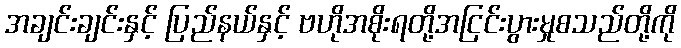
အချင်းချင်းနှင့် ပြည်နယ်နှင့် ဗဟိုအစိုးရတို့အငြင်းပွားမှုစသည်တို့ကို